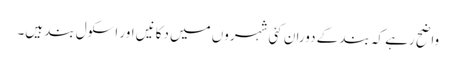
واضح رہے کہ بند کے دوران کئی شہروں میں دکانیں اور اسکول بند ہیں۔